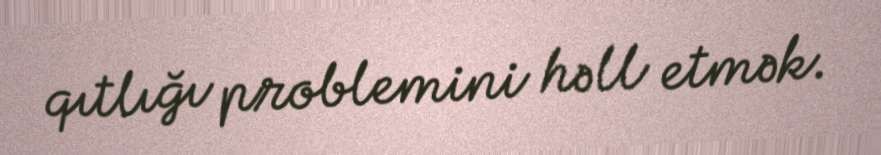
qıtlığı problemini həll etmək.